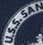
USS.SAN